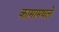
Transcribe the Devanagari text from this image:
कामामधले